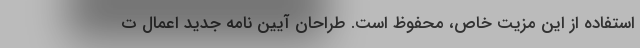
استفاده از این مزیت خاص، محفوظ است. طراحان آیین نامه جدید اعمال ت